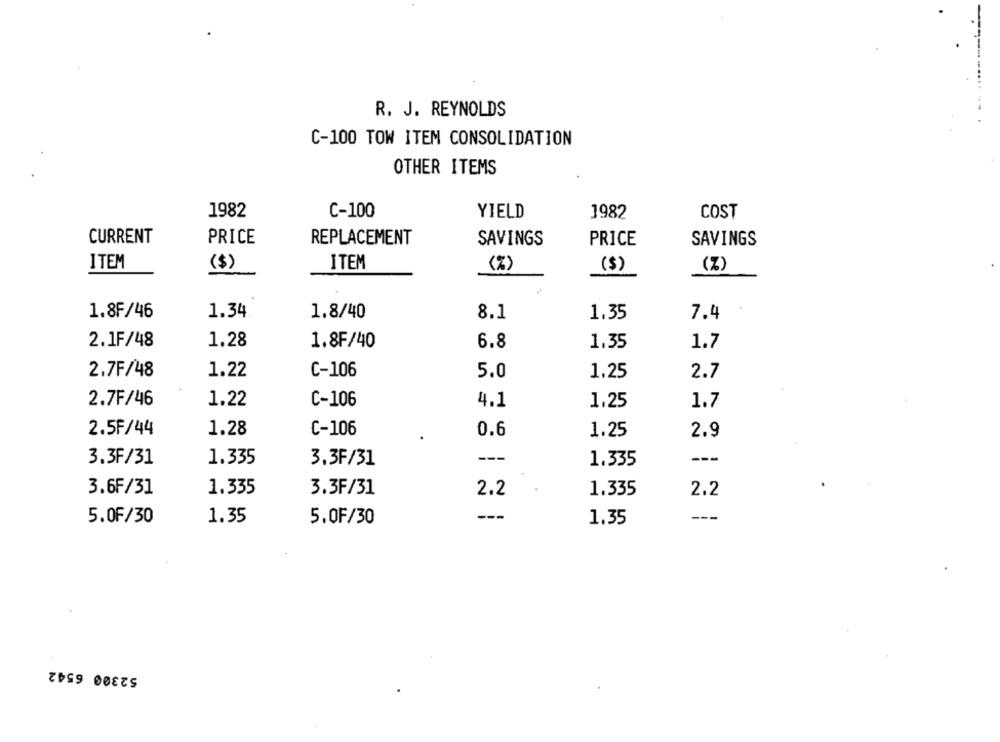
R. J. REYNOLDS
..... ... .
C-100 TOW ITEM CONSOLIDATION
OTHER ITEMS
1982
C-100
YIELD
1982
COST
CURRENT
PRICE
REPLACEMENT
SAVINGS
PRICE
SAVINGS
ITEM
($)
ITEM
(%)
($)
(%)
1.8F/46
1.34
1.8/40
8.1
1.35
7.4
1.28
2.1F/48
1.8F/40
6.8
1.35
1.7
2.7F/48
1.22
C-106
5.0
1.25
2.7
2.7F/46
1.22
C-106
4.1
1.25
1.7
2.5F/44
1.28
C-106
0.6
1.25
2.9
3.3F/31
1.335
---
1.335
---
3.3F/31
3.6F/31
1.335
3.3F/31
2.2
1.335
2.2
1.35
5.0F/30
---
1.35
---
5.0F/30
52300 6542